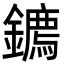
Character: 𮣘